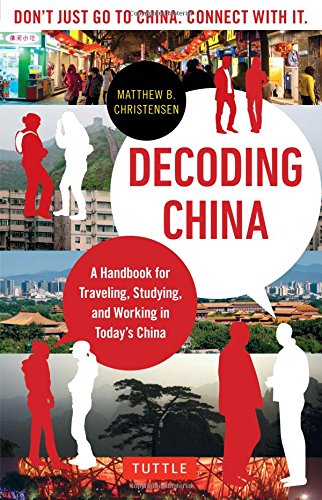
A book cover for Decoding China: A Handbook for Traveling, Studying, and Working in Today's China; Matthew B. Christensen; Travel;